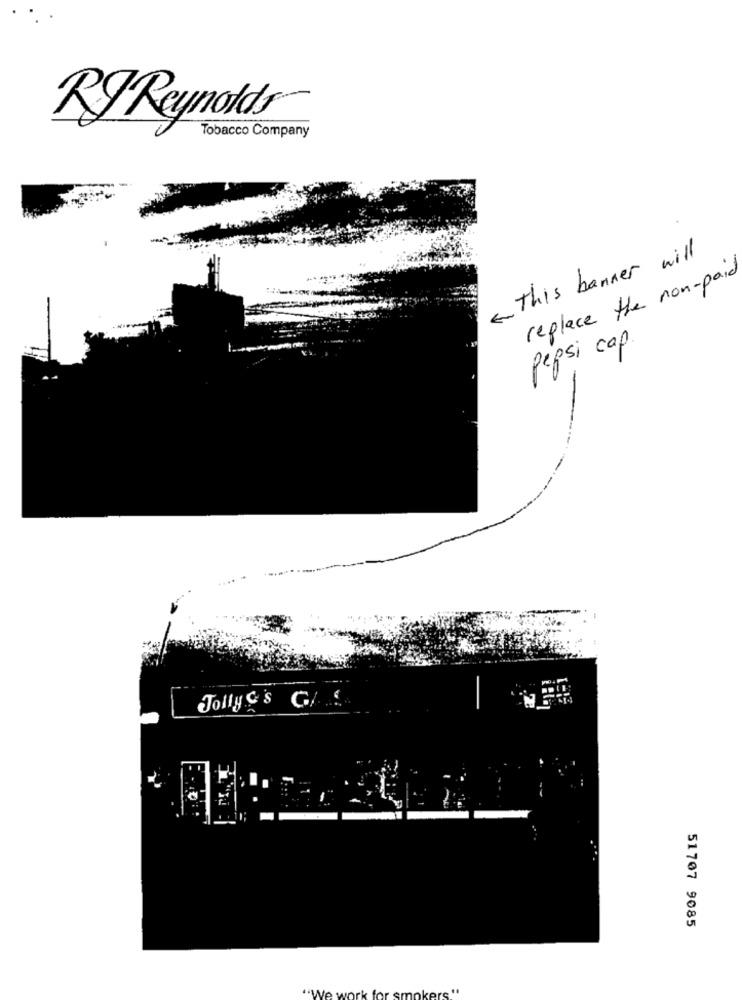
RJ Reynolds
Tobacco Company
« This banner will
replace the non-paid
pepsi cap.
Jolly &'s G/ ....
51707 9085
"We work for smokers "